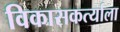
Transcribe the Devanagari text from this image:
विकासकर्त्याला